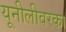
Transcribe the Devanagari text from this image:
यूनीलीवरका